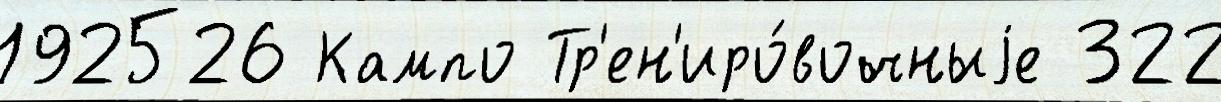
192526 Кампо Тр'ен'иро́вочныjе 322